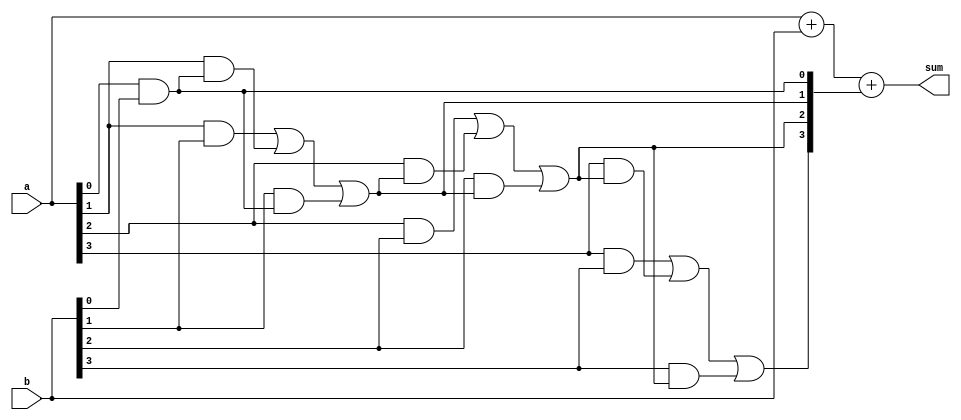
module CLA_adder (input [3:0] a, b, output [3:0] sum);
    
    wire [3:0] c;
    
    assign c[0] = a[0] & b[0];
    assign c[1] = a[1] & b[1] | a[1] & c[0] | b[1] & c[0];
    assign c[2] = a[2] & b[2] | a[2] & c[1] | b[2] & c[1];
    assign c[3] = a[3] & b[3] | a[3] & c[2] | b[3] & c[2];
    
    assign sum = a + b + c;
    
endmodule







/*
This code defines a 4-bit Carry Look-Ahead Adder in Verilog. Here is a line-by-line explanation of the code:

First line defines a Verilog module called CLA_adder. It has three input ports, a and b which are 4-bit binary numbers, 
and an output port called sum, which is also a 4-bit binary number.
Third line defines a 4-bit wire called c. This wire will hold the carry bits for the addition operation.

Fifth line computes the carry bit for the least significant bit of the sum (c[0]). It does so by taking the bitwise AND 
of the least significant bits of a and b.

Sixth line computes the carry bit for the second least significant bit of the sum (c[1]). It does so using a combination 
of AND and OR logic with the input bits and the carry bit from the previous bit.

Seventh line computes the carry bit for the third least significant bit of the sum (c[2]). It does so using a similar 
combination of AND and OR logic with the input bits and the carry bit from the previous bit.

Eight line computes the carry bit for the most significant bit of the sum (c[3]). It does so using the same combination 
of AND and OR logic with the input bits and the carry bit from the previous bit.

Tenth line computes the sum of a, b, and the carry bits c. This is the final output of the module.*/